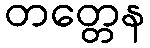
တတ္တေန